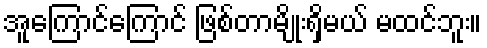
အူကြောင်ကြောင် ဖြစ်တာမျိုးရှိမယ် မထင်ဘူး။